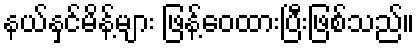
နယ်နှင်မိန့်များ ဖြန့်ဝေထားပြီးဖြစ်သည်။